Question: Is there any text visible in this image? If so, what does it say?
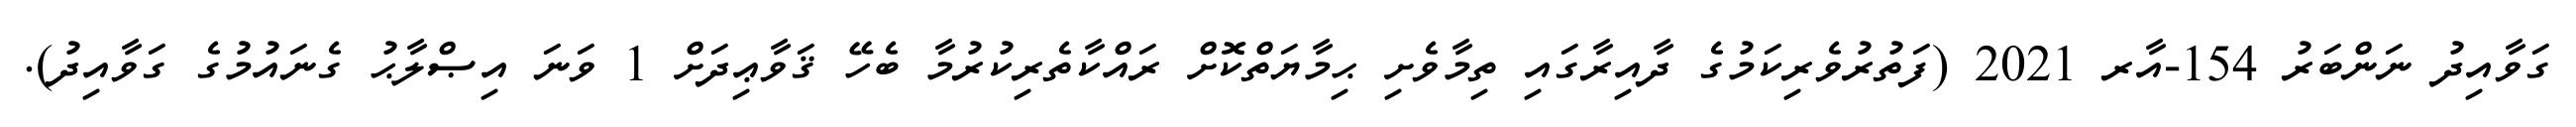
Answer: ގަވާއިދު ނަންބަރު 154-އާރ 2021 (ފަތުރުވެރިކަމުގެ ދާއިރާގައި ތިމާވެށި ޙިމާޔަތްކޮށް ރައްކާތެރިކުރުމާ ބެހޭ ޤަވާޢިދަށް 1 ވަނަ އިޞްލާޙު ގެނައުމުގެ ގަވާއިދު).